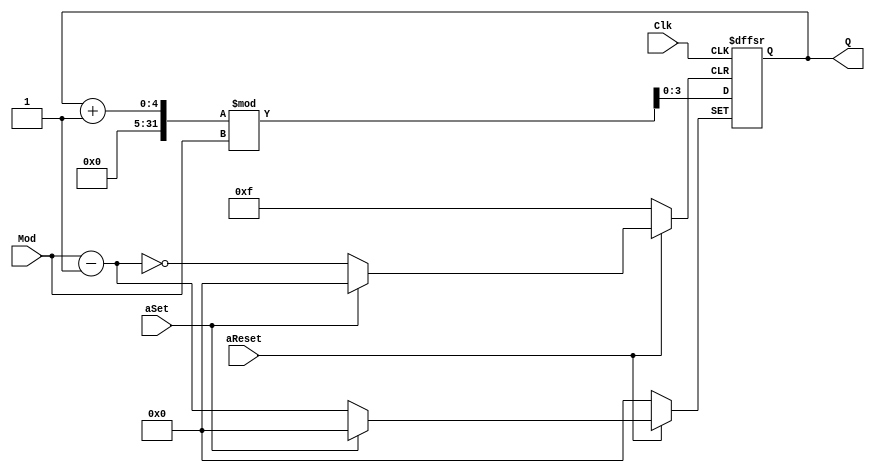
module DynCntModN(Clk,Q,Mod,aSet,aReset);

parameter NBBITS=4;
parameter POSEDG=0;
parameter SETLEVEL=0;
parameter RESETLEVEL=0;
parameter UP_DOWN=1; //0 down 1 up

input Clk,aSet,aReset;
input [(NBBITS-1):0] Mod;
output[(NBBITS-1):0] Q;
reg[(NBBITS-1):0] Q;

wire _CLK,_Set,_Reset;

assign _CLK= (POSEDG) ? ~Clk:Clk;
assign _Set= (SETLEVEL) ? ~aSet : aSet;
assign _Reset=(RESETLEVEL) ? ~aReset:aReset;


always @(negedge(_CLK),negedge(_Set),negedge(_Reset))
begin

if(_Set==0)
begin
	Q<= (Mod-1);
end

else
begin

	if(_Reset==0)
	begin
		Q<={NBBITS{1'b0}};
	end
	
	else
	begin
	
		if(UP_DOWN==1)
		begin
			Q<= (Q+1)%Mod;
		end
		
		else
		begin
		
			if(Q==0)
			begin
				Q<=(Mod-1);
			end
			
			else
			begin
				Q<=(Q-1)%Mod;
			end
			
		end

	end
	
end




end

endmodule